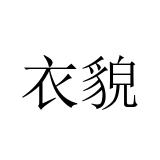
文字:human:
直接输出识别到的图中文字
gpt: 衣貌